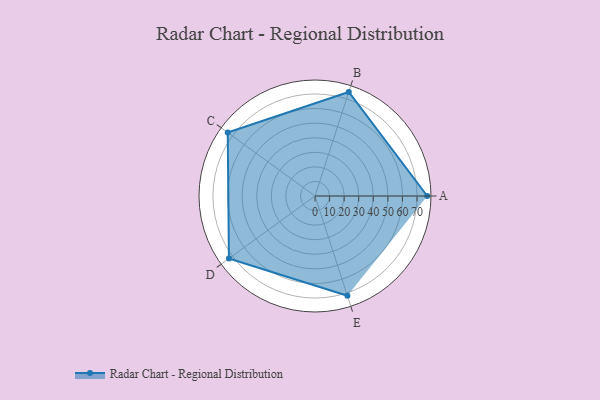
{"axis": {"x": "Skill", "y": "Score"}, "legend": ["Profile"], "data": [{"x": "A", "y": 77.0, "type": "Profile"}, {"x": "B", "y": 75.0, "type": "Profile"}, {"x": "C", "y": 74.0, "type": "Profile"}, {"x": "D", "y": 73.0, "type": "Profile"}, {"x": "E", "y": 72.0, "type": "Profile"}]}